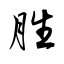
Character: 胜